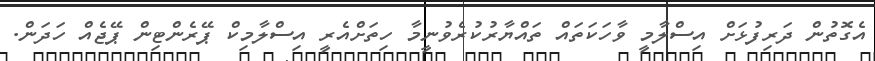
އެގޮތުން ދަރިފުޅަށް އިސްލާމީ ވާހަކަތައް ތައްޔާރުކުރެވުނީމާ ހިތަށްއެރީ އިސްލާމިކް ޕޭރެންޓިން ޕޭޖެއް ހަދަން.